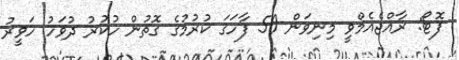
ފޮޓޯ: ރާއްޖެއެމްވީ މިނިވަން 50 ފާހަގަ ކުރުމުގެ ގޮތުން ހުކުރު ދުވަހު ހަވީރު